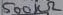
Text: 500kΩ